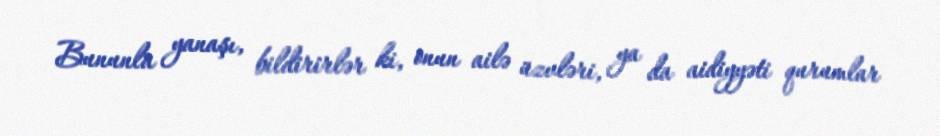
Bununla yanaşı, bildirirlər ki, onun ailə üzvləri, ya da aidiyyəti qurumlar